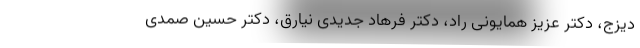
دیزج، دکتر عزیز همایونی راد، دکتر فرهاد جدیدی نیارق، دکتر حسین صمدی